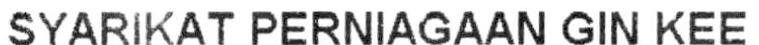
SYARIKAT PERNIAGAAN GIN KEE